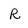
Character: R